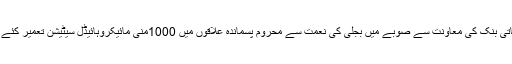
ایشیائی ترقیاتی بنک کی معاونت سے صوبے میں بجلی کی نعمت سے محروم پسماندہ علاقوں میں 1000منی مائیکروہائیڈل سیٹیشن تعمیر کئے جارہے ہیں۔